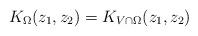
LaTeX: \begin{align*}K_{\Omega}(z_1,z_2) = K_{ V \cap \Omega}(z_1,z_2)\end{align*}